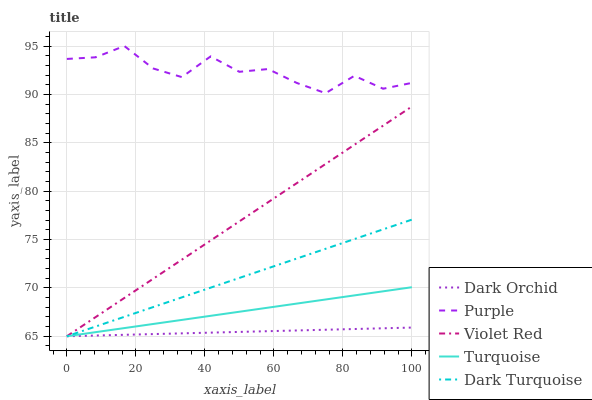
| xaxis_label | Dark Orchid | Purple | Violet Red | Turquoise | Dark Turquoise |
 | --- | --- | --- | --- | --- | --- |
 | 0 | 65 | 93.7 | 65 | 65 | 65 |
 | 8.33 | 65.1 | 93.8 | 67 | 65.4 | 66 |
 | 16.7 | 65.1 | 95 | 69 | 65.8 | 67 |
 | 25 | 65.2 | 92.7 | 70.9 | 66.3 | 68 |
 | 33.3 | 65.3 | 91.8 | 72.9 | 66.7 | 69 |
 | 41.7 | 65.4 | 93.9 | 74.9 | 67.1 | 70 |
 | 50 | 65.4 | 92.3 | 76.9 | 67.5 | 71 |
 | 58.3 | 65.5 | 92.6 | 78.9 | 68 | 72 |
 | 66.7 | 65.6 | 91.2 | 80.8 | 68.4 | 73 |
 | 75 | 65.7 | 90.1 | 82.8 | 68.8 | 74 |
 | 83.3 | 65.7 | 91.9 | 84.8 | 69.2 | 75 |
 | 91.7 | 65.8 | 90.6 | 86.8 | 69.6 | 76 |
 | 100 | 65.9 | 91.2 | 88.7 | 70.1 | 77.1 |